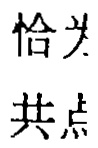
恰为
共点